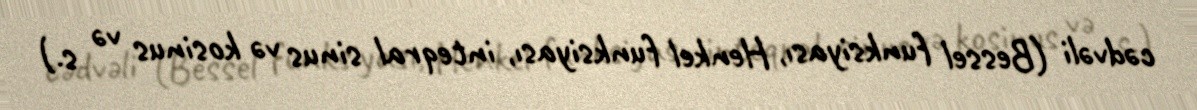
cədvəli (Bessel funksiyası, Henkel funksiyası, inteqral sinus və kosinus və s.)